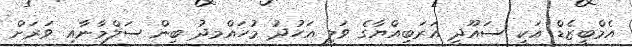
އެމްބީޒެޑް އަކީ ސައޫދީ އަރަބިއްޔާގެ ވަލީ އަހުދު މުހައްމދު ބިން ސަލްމާނާއި ވަރަށް